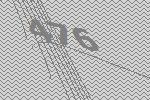
476